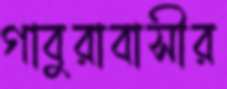
গাবুরাবাসীর